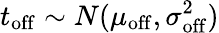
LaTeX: t_{\mathrm{off}}\sim N(\mu_{\mathrm{off}},\sigma_{\mathrm{off}}^{2})